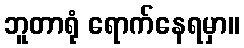
ဘူတာရုံ ရောက်နေရမှာ။